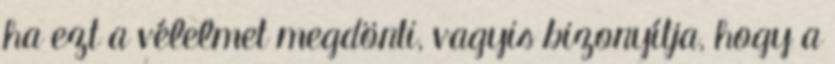
ha ezt a vélelmet megdönti, vagyis bizonyítja, hogy a